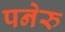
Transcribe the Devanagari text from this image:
पनेरु